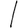
Digit: 1